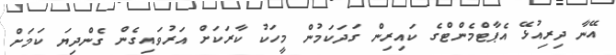
އޭނާ ދިރިއުޅޭ އެޕާޓްމެންޓްގެ ކައިރިން ގަދަކަމުން މީހަކު ކާރަކަށް އަރުވައިގެން ގެންދިޔަ ކަމަށް